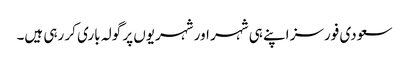
سعودی فورسز اپنے ہی شہر اور شہریوں پر گولہ باری کر رہی ہیں۔